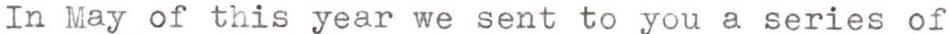
In May of this year we sent to you a series of